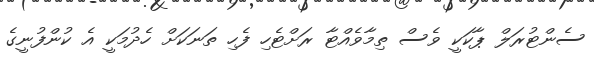
ސެންޓުރަލް ޕާކަކީ ވެސް ތިމާވެއްޓާ ރަށްޓެހި ފެހި ތަނަކަށް ހެދުމަކީ އެ ކުންފުނީގެ